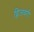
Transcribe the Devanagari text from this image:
द्विजवरी